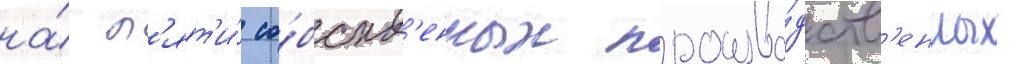
на́ п'ят'и́ со́бств'енных произво́дств'енных